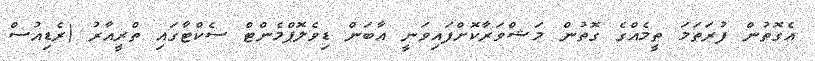
އެގޮތުން ފުރަތަމަ ތީމެއްގެ ގޮތުން މަޝްވަރާކޮށްފައިވަނީ އާބަން ޑިވެލޮޕްމެންޓް ސެކްޓާގައި ތްރީއާރު (ރެޑިއުސް